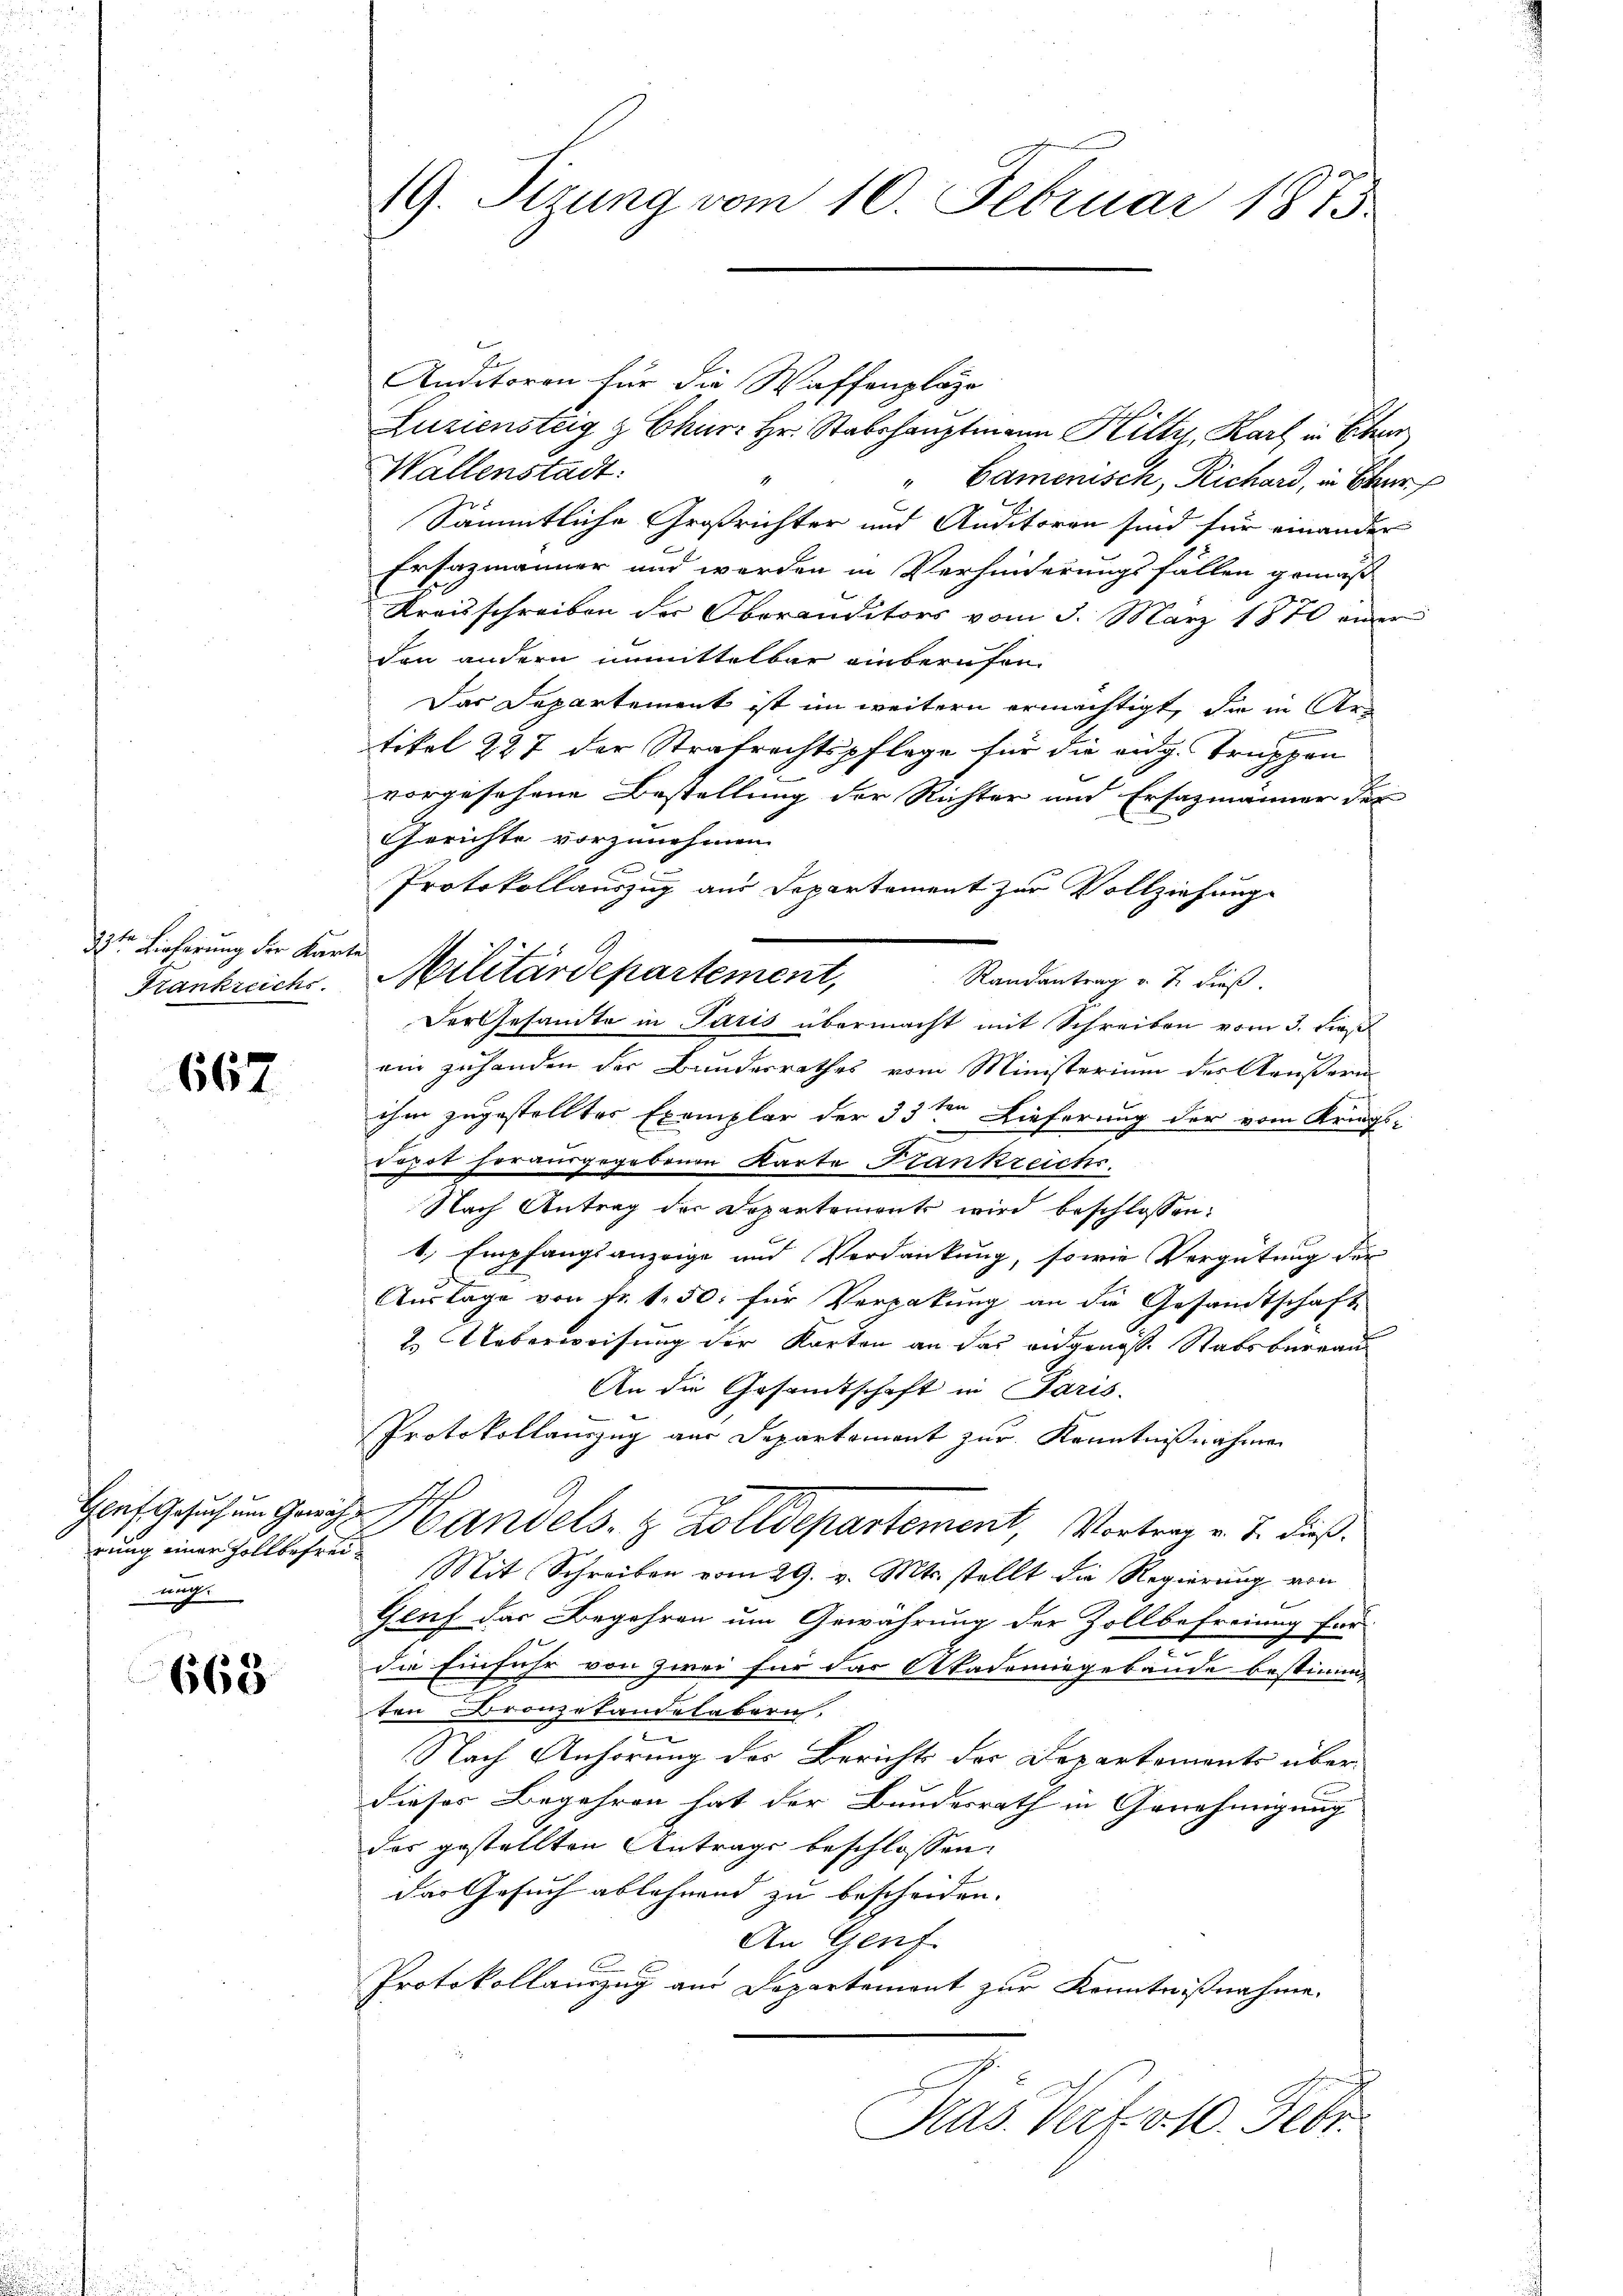
33ten Lieferung der Karte
Frankreichs.

667

Gluf Gesuch um Gewäh
rung einer Zollbefreiung.

668

19. Sitzung vom 10. Februar 1875.

Anditoren für die Waffenplaze
Luziensteig z Chur: Hr. Stabshauptmann Hilty, Karl in Bibe
Wallenstadt:
" Camenisch, Richard, in Ehe
Sämmtliche Großrichter und Auditoren sind für einander
Ersazmänner und werden in Verhinderungsfällen gemäß
Kreisschreiben der Oberanditors vom 3. März 1870 einer
den andern unmittelbar einberufen.
Das Departement ist im weitern ermächtigt, die in Antikel 227 der Strafrechtspflege für die an g. Truppen
vorgesehene Bestellung der Richter und Ersazmänner der
Gerichte vorzunehmen.
e
Protokollauszug aus Departement zur Vollziehung
Randantrag v. J. dieß.
Der Gesandte in Paris übermacht mit Schreiben vom 3. dies
ein zuhanden der Bundesrathes vom Ministerium der Aeußern
ihm zugestelltes Exemplar der 33ten Lieferung der vom Kriegs-
repot herausgegebenen Karte Frankreichs.
Nach Antrag der Departement wird beschlossen:
t. Empfangsanzeige und Verdankung, sowie Vergütung der
Auslage von Fr. 150. für Vergabung an die Gesandtschaft
2. Ueberweisung der Karten an das eidgenöss. Stabsbureau
An die Gesamtschaft in Paris.
Protokollauszug aus Departement zur Kenntnißnahmen
Handels. z. Zolldepartement Vortrag v. J. dieß.
Mit Schreiben vom 29. v. Mts. stellt die Regierung von
Genf das Begehren um Gewährung der Zollbefreiung für

die Einfuhr von zwei für das Akademiegebäude bestimma
ten Bronzetandelabern.
e
Nach Anhörung des Bericht des Departements überdieses Begehren hat der Bundesrath in Genehmigung
des gestellten Antrage beschlossen:
Der Gesuch ablehnend zu bescheiden.
An Genf
Protokollauszug am Departement zur Kenntnißnahme.
Ras. Vert. 510. Febr

Militärdepartement,